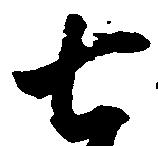
七